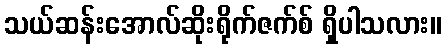
သယ်ဆန်းအောလ်ဆိုးရိုက်ဇက်စ် ရှိပါသလား။